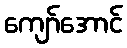
ကျော်အောင်